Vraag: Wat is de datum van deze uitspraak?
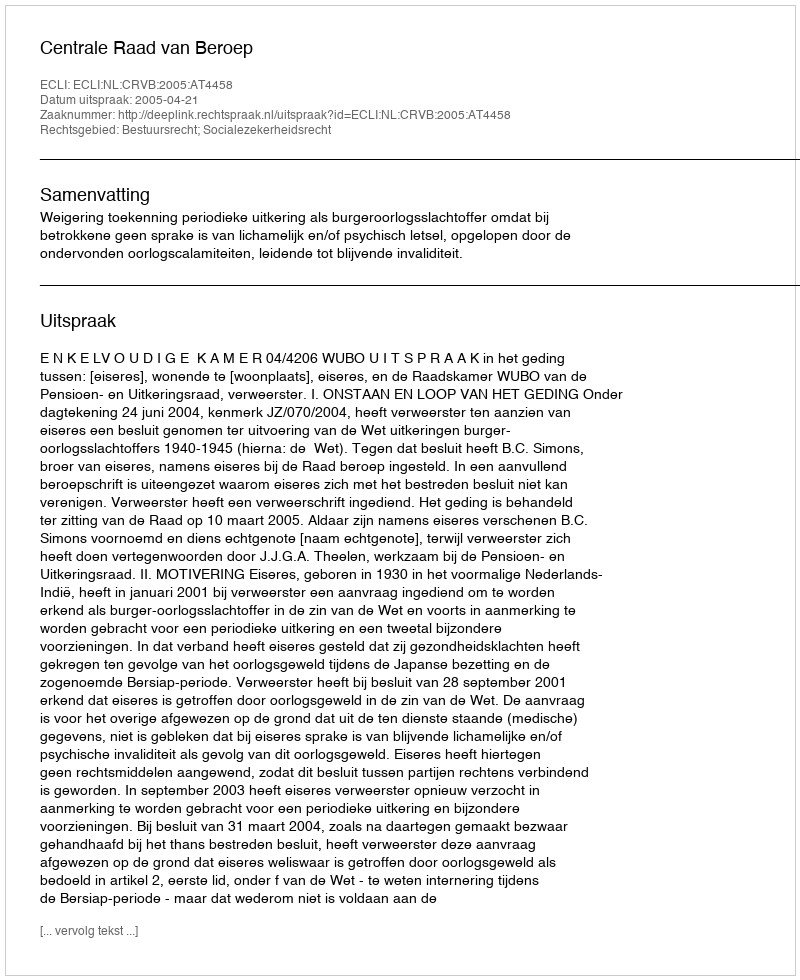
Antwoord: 2005-04-21